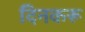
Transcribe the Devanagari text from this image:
दिनकरू